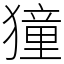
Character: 獞